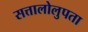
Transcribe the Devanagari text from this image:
सत्तालोलुपता